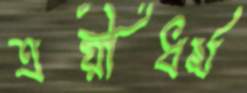
ত্রয়ীধর্ম